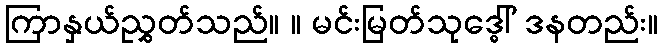
ကြာနှယ်ညွှတ်သည်။ ။ မင်းမြတ်သုဒ္ဓေါ် ဒနတည်း။